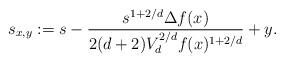
LaTeX: \begin{align*}s_{x,y} := s- \frac{s^{1+2/d} \Delta f(x)}{2(d+2)V_d^{2/d} f(x)^{1+2/d}} + y.\end{align*}